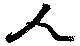
人